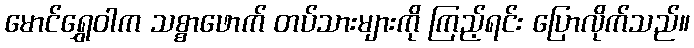
မောင်ရွှေဝါက သစ္စာဖောက် တပ်သားများကို ကြည့်ရင်း ပြောလိုက်သည်။